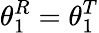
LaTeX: \theta_{1}^{R}=\theta_{1}^{T}